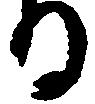
る